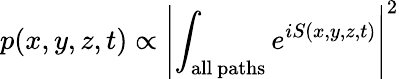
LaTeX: p(x,y,z,t)\propto\left\vert\int_{\mathrm{all~paths}}e^{iS(x,y,z,t)}\right\vert^{2}